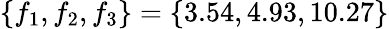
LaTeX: \{ f_{1},f_{2},f_{3}\} =\{ 3.54,4.93,10.27\}